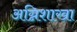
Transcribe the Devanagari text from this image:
अग्निशाखा